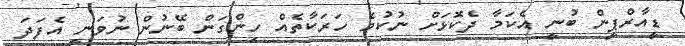
ޑީއާރްޕީން ބުނީ އެކަމާ ދެކޮޅަށް ނުކުމެ ހަރަކާތެއް ހިންގަން ބޭނުން ނުވަނީ އެފަދަ